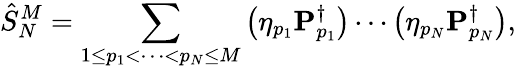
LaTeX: \hat{S}_{N}^{M}=\sum_{1\leq p_{1}<\cdots<p_{N}\leq M}\left(\eta_{p_{1}}\mathbf{P}_{p_{1}}^{\dagger}\right)\cdots\left(\eta_{p_{N}}\mathbf{P}_{p_{N}}^{\dagger}\right),